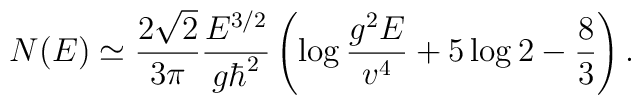
N(E) \simeq {2 \sqrt{2} \over 3 \pi} {E^{3/2}\over g \hbar^2}\left( \log{g^2 E \over v^4} + 5\log2 - {8\over3} \right).